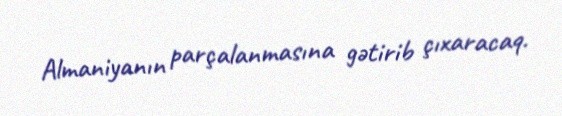
Almaniyanın parçalanmasına gətirib çıxaracaq.